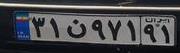
۳۱ن۹۷۱۹۱